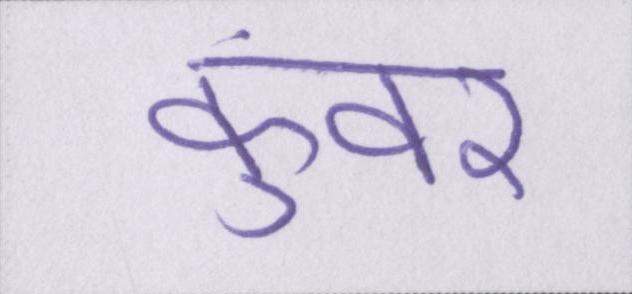
कुंवर